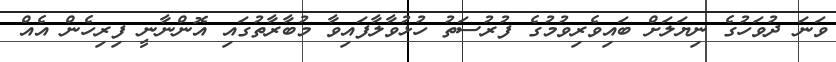
ވަނަ ދުވަހުގެ ނިޔަލަށް ބައިވެރިވުމުގެ ފުރުސަތު ހުޅުވާލާފައިވާ މުބާރާތުގައި އޮންނާނީ ފިރިހެން އެއް